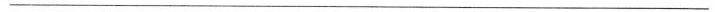
___